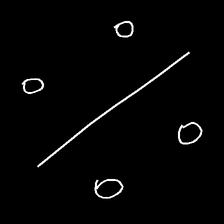
Glyph: cool